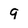
Character: 9